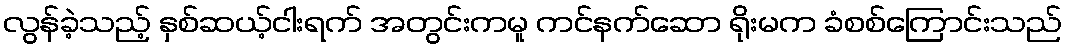
လွန်ခဲ့သည့် နှစ်ဆယ့်ငါးရက် အတွင်းကမူ ကင်နက်ဆော ရိုးမက ခံစစ်ကြောင်းသည်